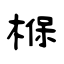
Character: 椺